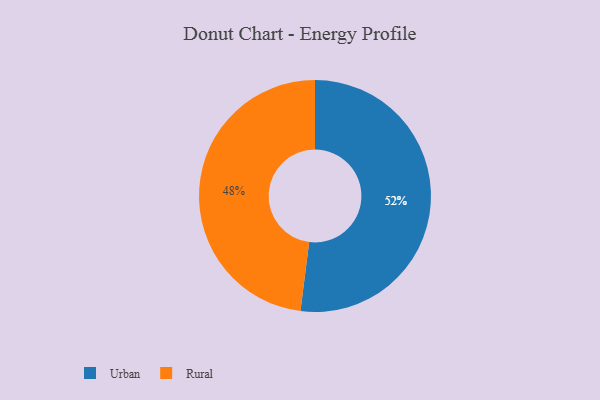
{"axis": {"x": "Category", "y": "Percentage"}, "legend": ["Rural", "Urban"], "data": [{"x": "Rural", "y": 48, "type": "Rural"}, {"x": "Urban", "y": 52, "type": "Urban"}]}